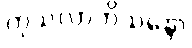
ကုသလာဘိသန္ဒော